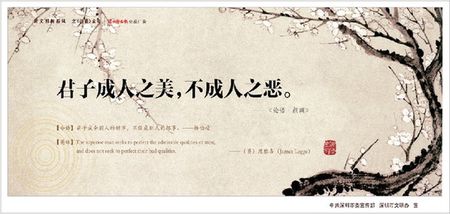
君子成人之美，不成人之恶